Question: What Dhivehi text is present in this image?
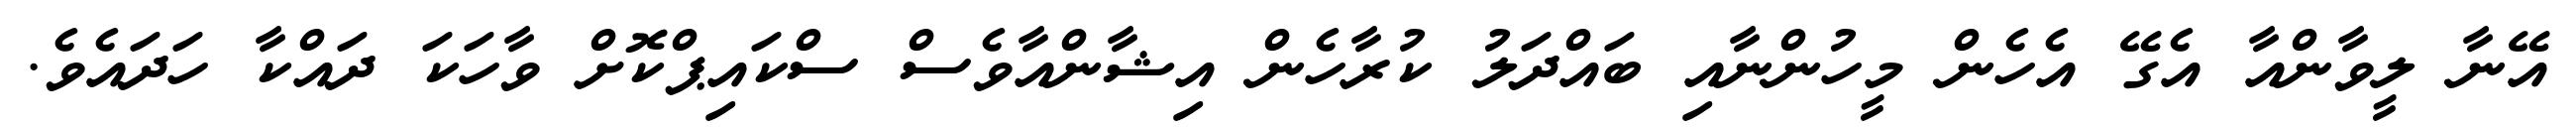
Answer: އޭނާ ލީވާންއާ އެގޭ އެހެން މީހުންނާއި ބައްދަލު ކުރާހެން އިޝާންއާވެސް ސްކައިޕްކޮށް ވާހަކަ ދައްކާ ހަދައެވެ.